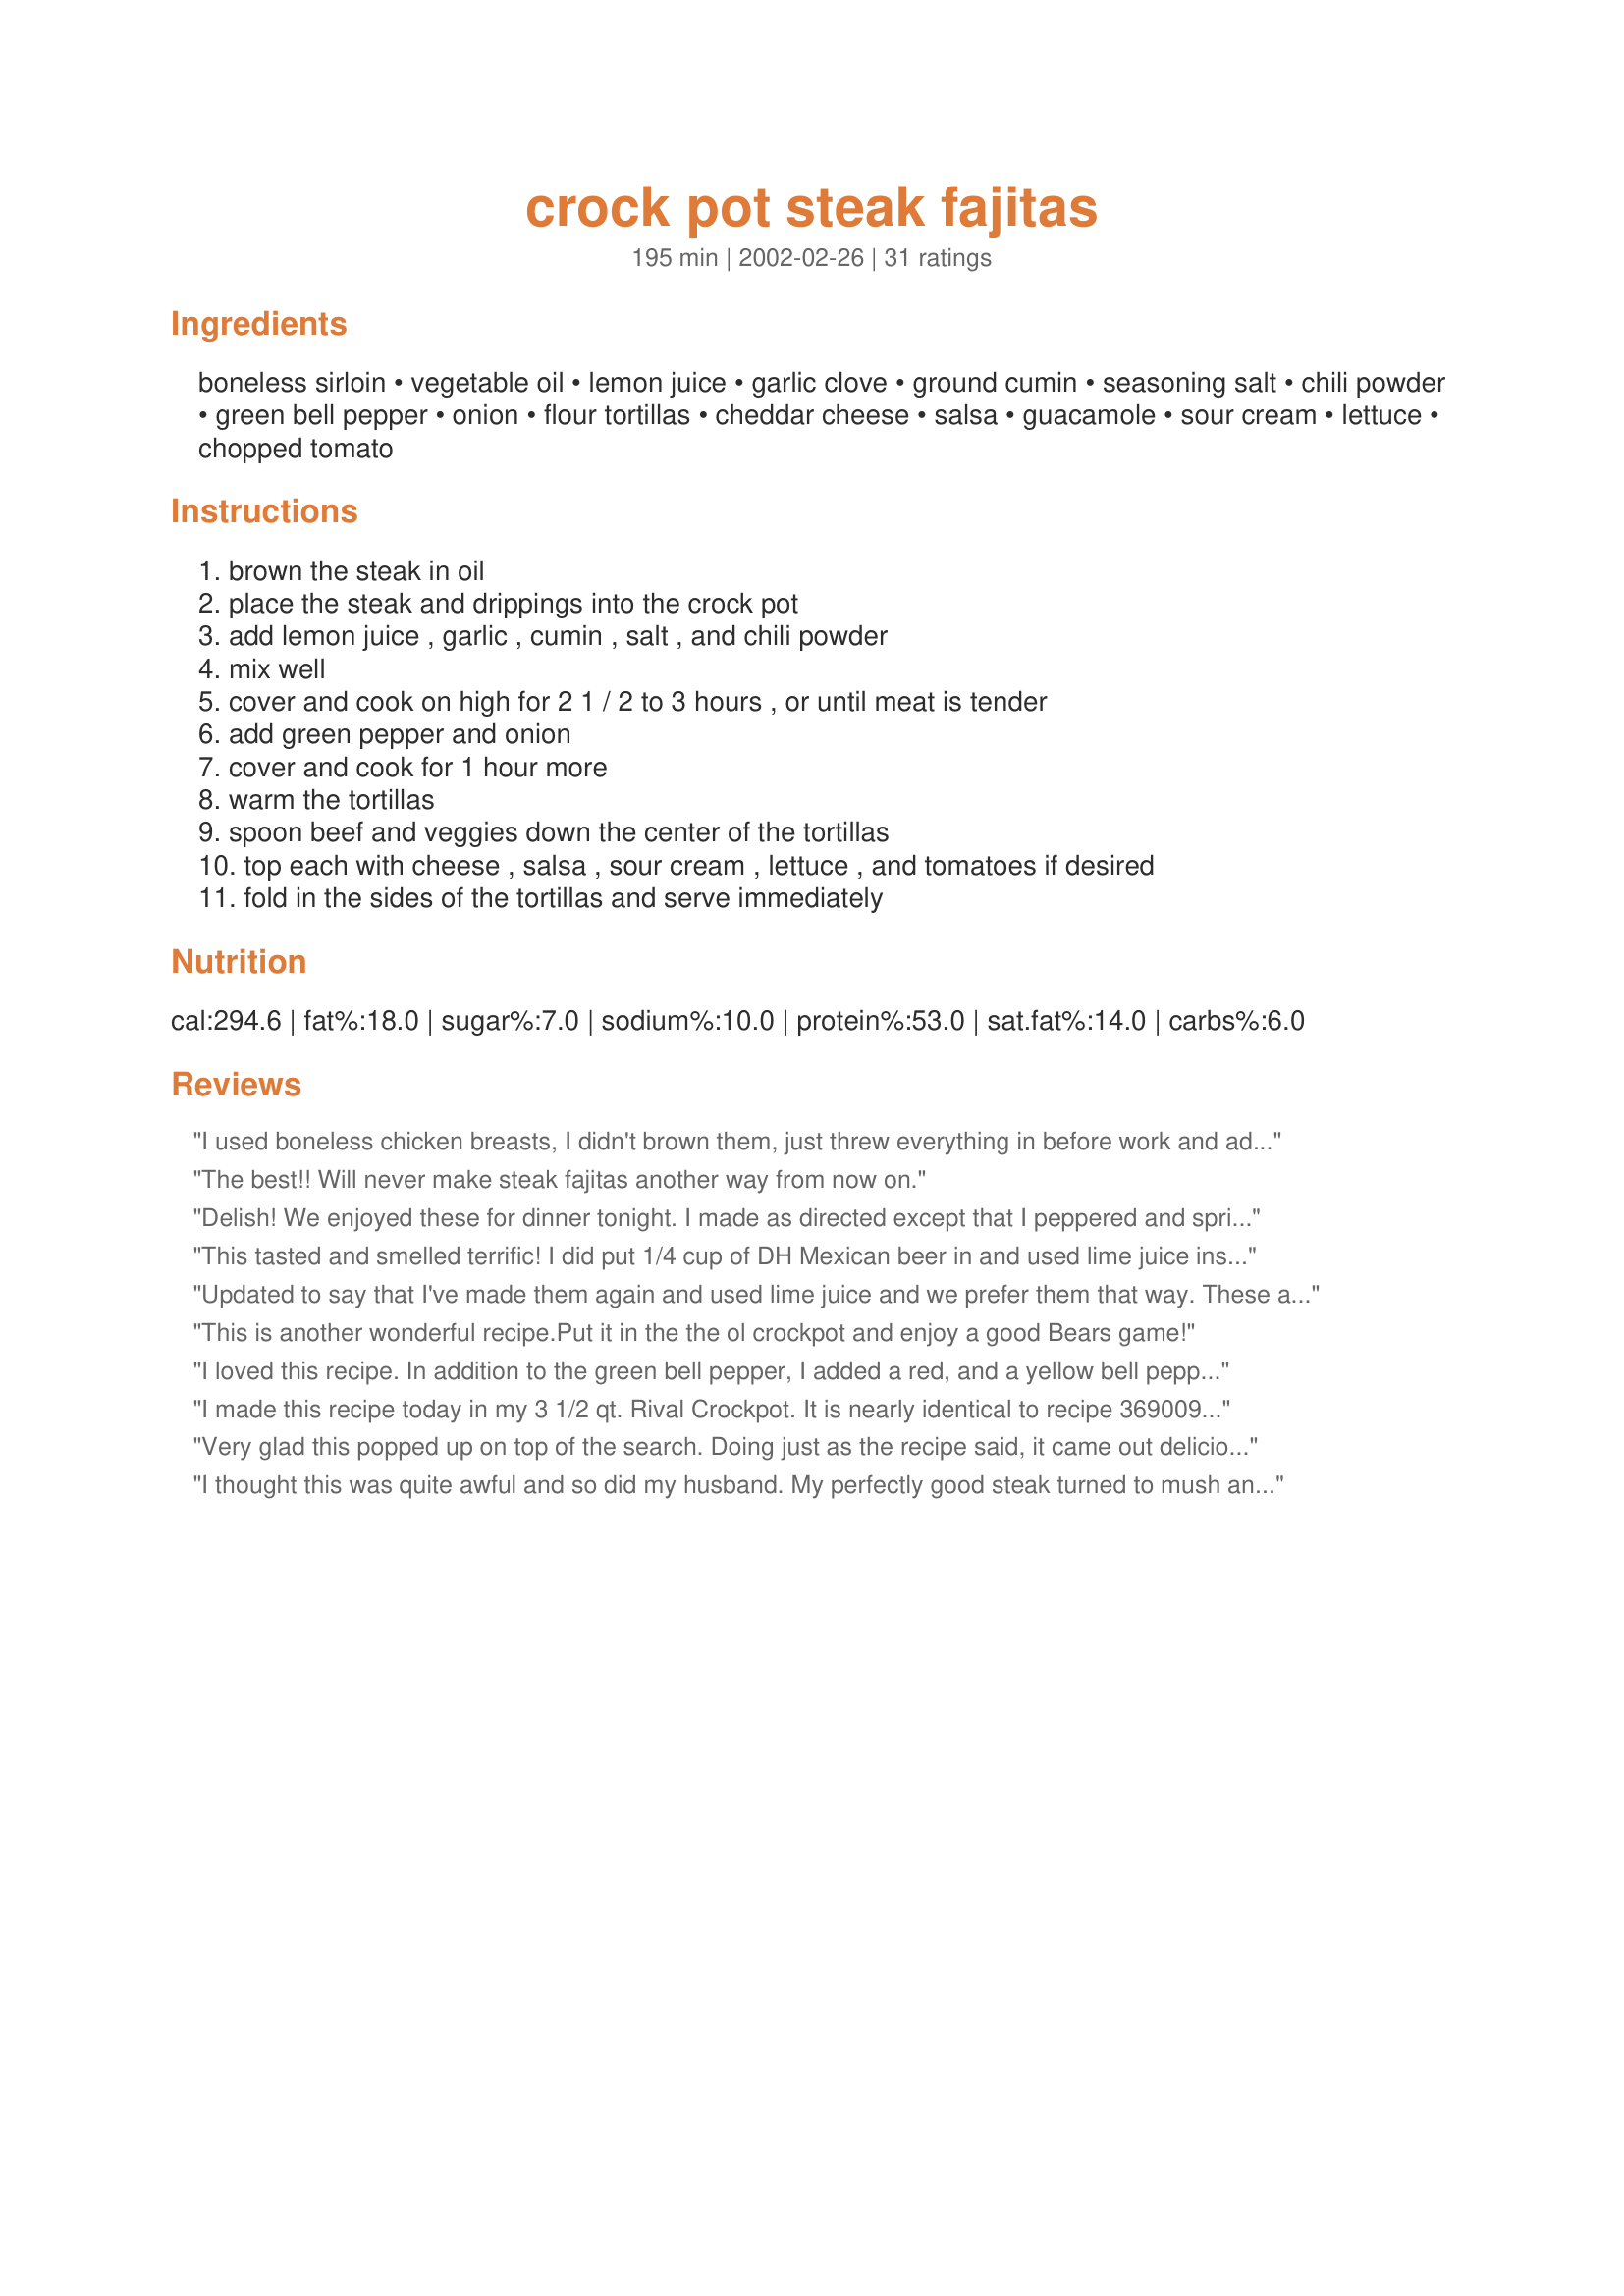
crock pot steak fajitas
Preparation time: 195 minutes

Ingredients:
boneless sirloin, vegetable oil, lemon juice, garlic clove, ground cumin, seasoning salt, chili powder, green bell pepper, onion, flour tortillas, cheddar cheese, salsa, guacamole, sour cream, lettuce, chopped tomato

Steps:
brown the steak in oil, place the steak and drippings into the crock pot, add lemon juice , garlic , cumin , salt , and chili powder, mix well, cover and cook on high for 2 1 / 2 to 3 hours , or until meat is tender, add green pepper and onion, cover and cook for 1 hour more, warm the tortillas, spoon beef and veggies down the center of the tortillas, top each with cheese , salsa , sour cream , lettuce , and tomatoes if desired, fold in the sides of the tortillas and serve immediately

Reviews:
I used boneless chicken breasts, I didn't brown them, just threw everything in before work and added the green pepper about 2 hours before we ate. I shredded the chicken and it made an excellent meal and leftovers! This one's a keeper! I'd love to try it with beef if I could get my family to eat some cow! thanx for a great recipe!
The best!! Will never make steak fajitas another way from now on.
Delish! We enjoyed these for dinner tonight. I made as directed except that I peppered and sprinkled sea salt on the meat before browning. Very good. Made fore Best of 2008 Cookbook Swap
This tasted and smelled terrific! I did put 1/4 cup of DH Mexican beer in and used lime juice instead of lemon. I never thought to make fajita meat in the crockpot, but certainly will do it again!
Updated to say that I've made them again and used lime juice and we prefer them that way. These are fantastic and easy and a new favorite around here. Original review: I wondered if this was going to turn out since I was using an inexpensive roast and was going to have to cook it for 6-7 hours on low rather then the recommended time and temp. I shouldn't have worried though because it turned out perfect. Very tasty and tender. I put the onion in from the very beginning because I wasn't going to be here an hour before eating and it worked fine to do it that way. I know I will be using this recipe many more times, and I can't wait, it was so good! Next time I am going to try lime juice instead just because I love a lime flavor in Mexican food. It is great as is too though. Thanks so much for sharing! — Jan 21, 2006
This is another wonderful recipe.Put it in the the ol crockpot and enjoy a good Bears game!
I loved this recipe. In addition to the green bell pepper, I added a red, and a yellow bell pepper. 

(I will attempt to update the recipe, adding them as optional. Also hopefully I can correct the total time at the bottom, which says 8 hrs but should say 4 hrs)
I made this recipe today in my 3 1/2 qt. Rival Crockpot. It is nearly identical to recipe 369009, Fabulous Fajitas. 
It's very good but I found that cooking it on high for 2 1/2 - 3 hours was too long. I put it on at 2:30 PM and at 4:15, turned it down to low. Then at 4:45, I added the onion and pepper. Finally, at 5:15, I turned it down to low. I tasted this and it's WAYYY good!
Very glad this popped up on top of the search. Doing just as the recipe said, it came out delicious, even my four year old lapped it up. I will say that I got sticker shock at buying london broil (so-called in my market). But it did turn out to be easy to cut into the required strips. All in all, a welcome change from all the stews I've been doing up to now.
I thought this was quite awful and so did my husband. My perfectly good steak turned to mush and the combination tasted like a strange stew. I would rather just fry the steak and have it taste like steak. I thought this would be a time saver. In the end, I threw everything out, along with the recipe.
Wonderfully delicious, easy meal I made for 16 people on vacation! It was a perfect meal for a large crowd; cooked up quickly without too much labor and everyone loved it! Definitely a keeper I will be making again and again!
Very Easy and Tasty
Even our picky eater loved it.
Very tasty. My meat was a little mushy, but I think its because I cooked it too long. I cooked it on low for 6 hours. Won't make that mistake again.
Very good and EASY!
I'm on a low carb diet now and this was yummy with a green salad.
Very good, and easy. Only cooked for a total of 2.5 hours on high and the steak was perfect. Also, this freezes great!
I didn't have sirloin, so I substituted chuch steak in strips...It was terrific.
I stuck exactly to the recipe and it came out perfect!! Thank you for the wonderful meal....I can't wait to make it again!!
Excellent recipe. I used 1 pound of frozen, sliced flank steak. I put it into the crock frozen. Instead of lemon, I used lime, instead of fresh garlic, I used 1-T. chopped jarred. I also added 1/2 package of my own homemade taco seasoning to other spices.
This was a big hit here. The next time I will try 2 froz. chick. breasts in place of steak. Thank you!
Just amazing. Quick and easy to prepare -- and wow. Add the appropriate accouterments, and this is a dish you will repeat. We used strip loin for the beef -- and it was incredibly tender and flavorful. Thank you Debe!
Made these for a church lunch. I was kinda nervous because I was in charge of the meat. I changed the serving to 75 and was just afraid I wouldn't get the right amount of spices, etc. I did beef and chicken and they turned out great. Had lots of compliments. Thanks and I'm sure I'll make again(probably not for 75 though, ha!)
These were so good! I made them exactly as the recipe states, and I wouldn't change a thing! Yum!
So easy to make ! So delicious ! I will make sure to double the recipe the next time.??????????
These are great fajitas. The meat was very tender. I added a bit of seasoning salt and chili powder to my beef when I browned it. My BF really liked these. They were easy to make too. Thank you for posting this recipe.
What an easy and simple way to make fajitas. Had everything ready in the morning and just put the crockpot on in the pm. Tasted great and I had leftovers for later. Thanks for the post Debe.
These were fabulous! Very easy. I started out with just the beef in the pot and then found out I had to take dinner to my in laws and so I threw in some chicken and shrimp with the peppers and onions and everything turned out super tender and flavorful! I also used lime juice instead of lemon due to personal preference. Very easy and great alternative to grilling on the grill. (I usually put the same ingredients in a large foil packet with a tablespoon or so of flour and cook it on the grill until ready. This way works well if your in a hurry!) But make sure you use sirloin steak or a steak of equal quality or your steak will turn out tough! Thanks for sharing Debe!!
Wow! This was fantastic...I did add a little water (about 1/4 cup) because my meat did not have alot of juice after browning....I followed the rest of the recipe to the T and it was a huge hit. It was wonderful sitting back and enjoying the smells and relaxing until dinner was ready...This is a keeper!
I prepared this dish in my Nesco roaster which has a "slow cook" setting and the meat cooked faster than the directions indicate. I used red vs. green bell peppers as I like the taste better. Next time, I will add a little more fajita seasoning; however, the dish was great!
Tasty indeed. I only cooked the meat in the crockpot as I was preparing it ahead and then on the night I served it I cooked peppers and onions on the stove with a grill pan. I&#039;m not sure I would like the veg done in the crockpot but I might try it some time. It&#039;s a brilliant way to prepare the meat as it was very tender but not completely falling apart. I added a jalapeno to the recipe for our preference. Will make again!
Pretty simple with a good flavor. I did drain most of the drippings from the pot when I added the vegetables. I did not want the tortillas to be soggy. Overall good and not as much effort as over a grill. Will make again.
I thought this turned out very well. I used Deer loin because basically Deer is our "beef" around here, and it came out just fine. The meat is very well seasoned and it smelled great in the house while cooking! Thank you for a great recipe!
Just an update: My stars didn't come out last time; clumsy fingers?
Yum! Made this with a much cheaper chuck roast, and shredded it a little after cooking. Turned out great; a little less fajita-like in that the texture was a little softer with shreds (altho larger shreds), but the spices were very good. Also like lime juice over lemon, but that's a personal thing. Thanks for posting -- this would be great to prepare in large (roast-like???) quanitities and freeze without the veggie step, and then add those at the reheating. Again thanks for a great recipe!
